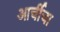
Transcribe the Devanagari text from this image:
आर्चीचा